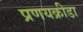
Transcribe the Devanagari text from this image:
प्रणयक्रीडा